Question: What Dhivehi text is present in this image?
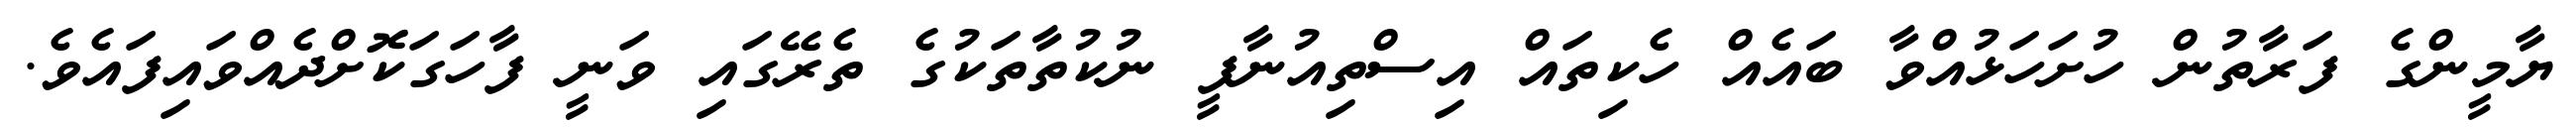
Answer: ޔާމީންގެ ފަރާތުން ހުށަހަޅުއްވާ ބައެއް ހެކިތައް އިސްތިއުނާފީ ނުކުތާތަކުގެ ތެރޭގައި ވަނީ ފާހަގަކޮށްދެއްވައިފައެވެ.